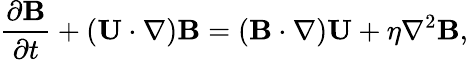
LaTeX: \frac{\partial\mathbf{B}}{\partial t}+\left(\mathbf{U}\cdot\nabla\right)\mathbf{B}=\left(\mathbf{B}\cdot\nabla\right)\mathbf{U}+\eta\nabla^{2}\mathbf{B},